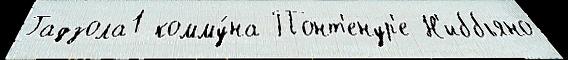
Гадзола1 комму́на Понт'енур'е Н'иббьяно